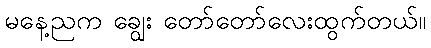
မနေ့ညက ချွေး တော်တော်လေးထွက်တယ်။